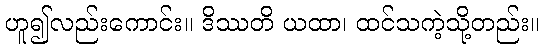
ဟူ၍လည်းကောင်း။ ဒိဿတိ ယထာ၊ ထင်သကဲ့သို့တည်း။